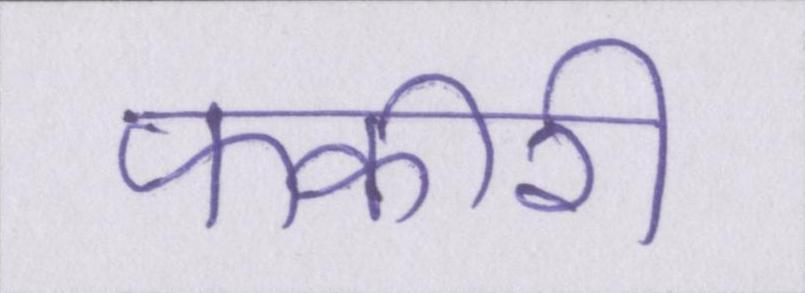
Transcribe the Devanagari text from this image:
फकीरी